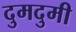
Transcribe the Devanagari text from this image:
दुमदुमी